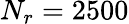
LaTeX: N_{r}=2500